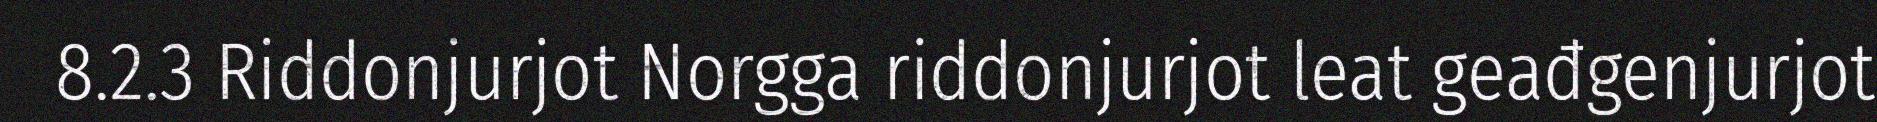
8.2.3 Riddonjurjot Norgga riddonjurjot leat geađgenjurjot